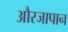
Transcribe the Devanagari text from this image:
औरजापान